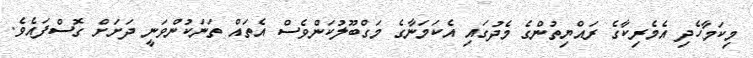
މިކަމާހެދި އެމެރިކާގެ ރައްޔިތުންގެ މެދުގައި އެކަމަނާގެ މަގްބޫލުކަންވެސް އެތައް ތަނަކުންވަނީ ދަށަށް ގޮސްފައެވެ.